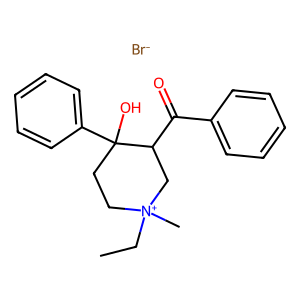
SMILES: CC[N+]1(C)CCC(O)(c2ccccc2)C(C(=O)c2ccccc2)C1.[Br-]
Inhibits HIV replication: No